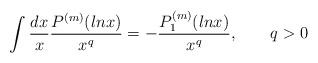
LaTeX: \begin{align*}\int {dx\over x}{P^{(m)}(lnx)\over x^q}=-{P_1^{(m)}(lnx)\over x^q},\qquad q>0\end{align*}